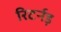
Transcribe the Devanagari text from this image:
रिटर्नड़